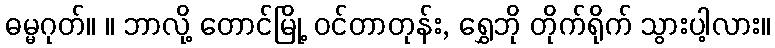
ဓမ္မဂုတ်။ ။ ဘာလို့ တောင်မြို့ ဝင်တာတုန်း, ရွှေဘို တိုက်ရိုက် သွားပါ့လား။